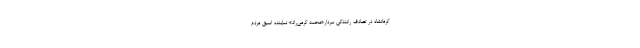
کرمانشاه در تصادف رانندگی سردار«محمد کرمی‌راد» نماینده اسبق مردم